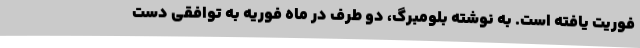
فوریت یافته است. به نوشته بلومبرگ، دو طرف در ماه فوریه به توافقی دست